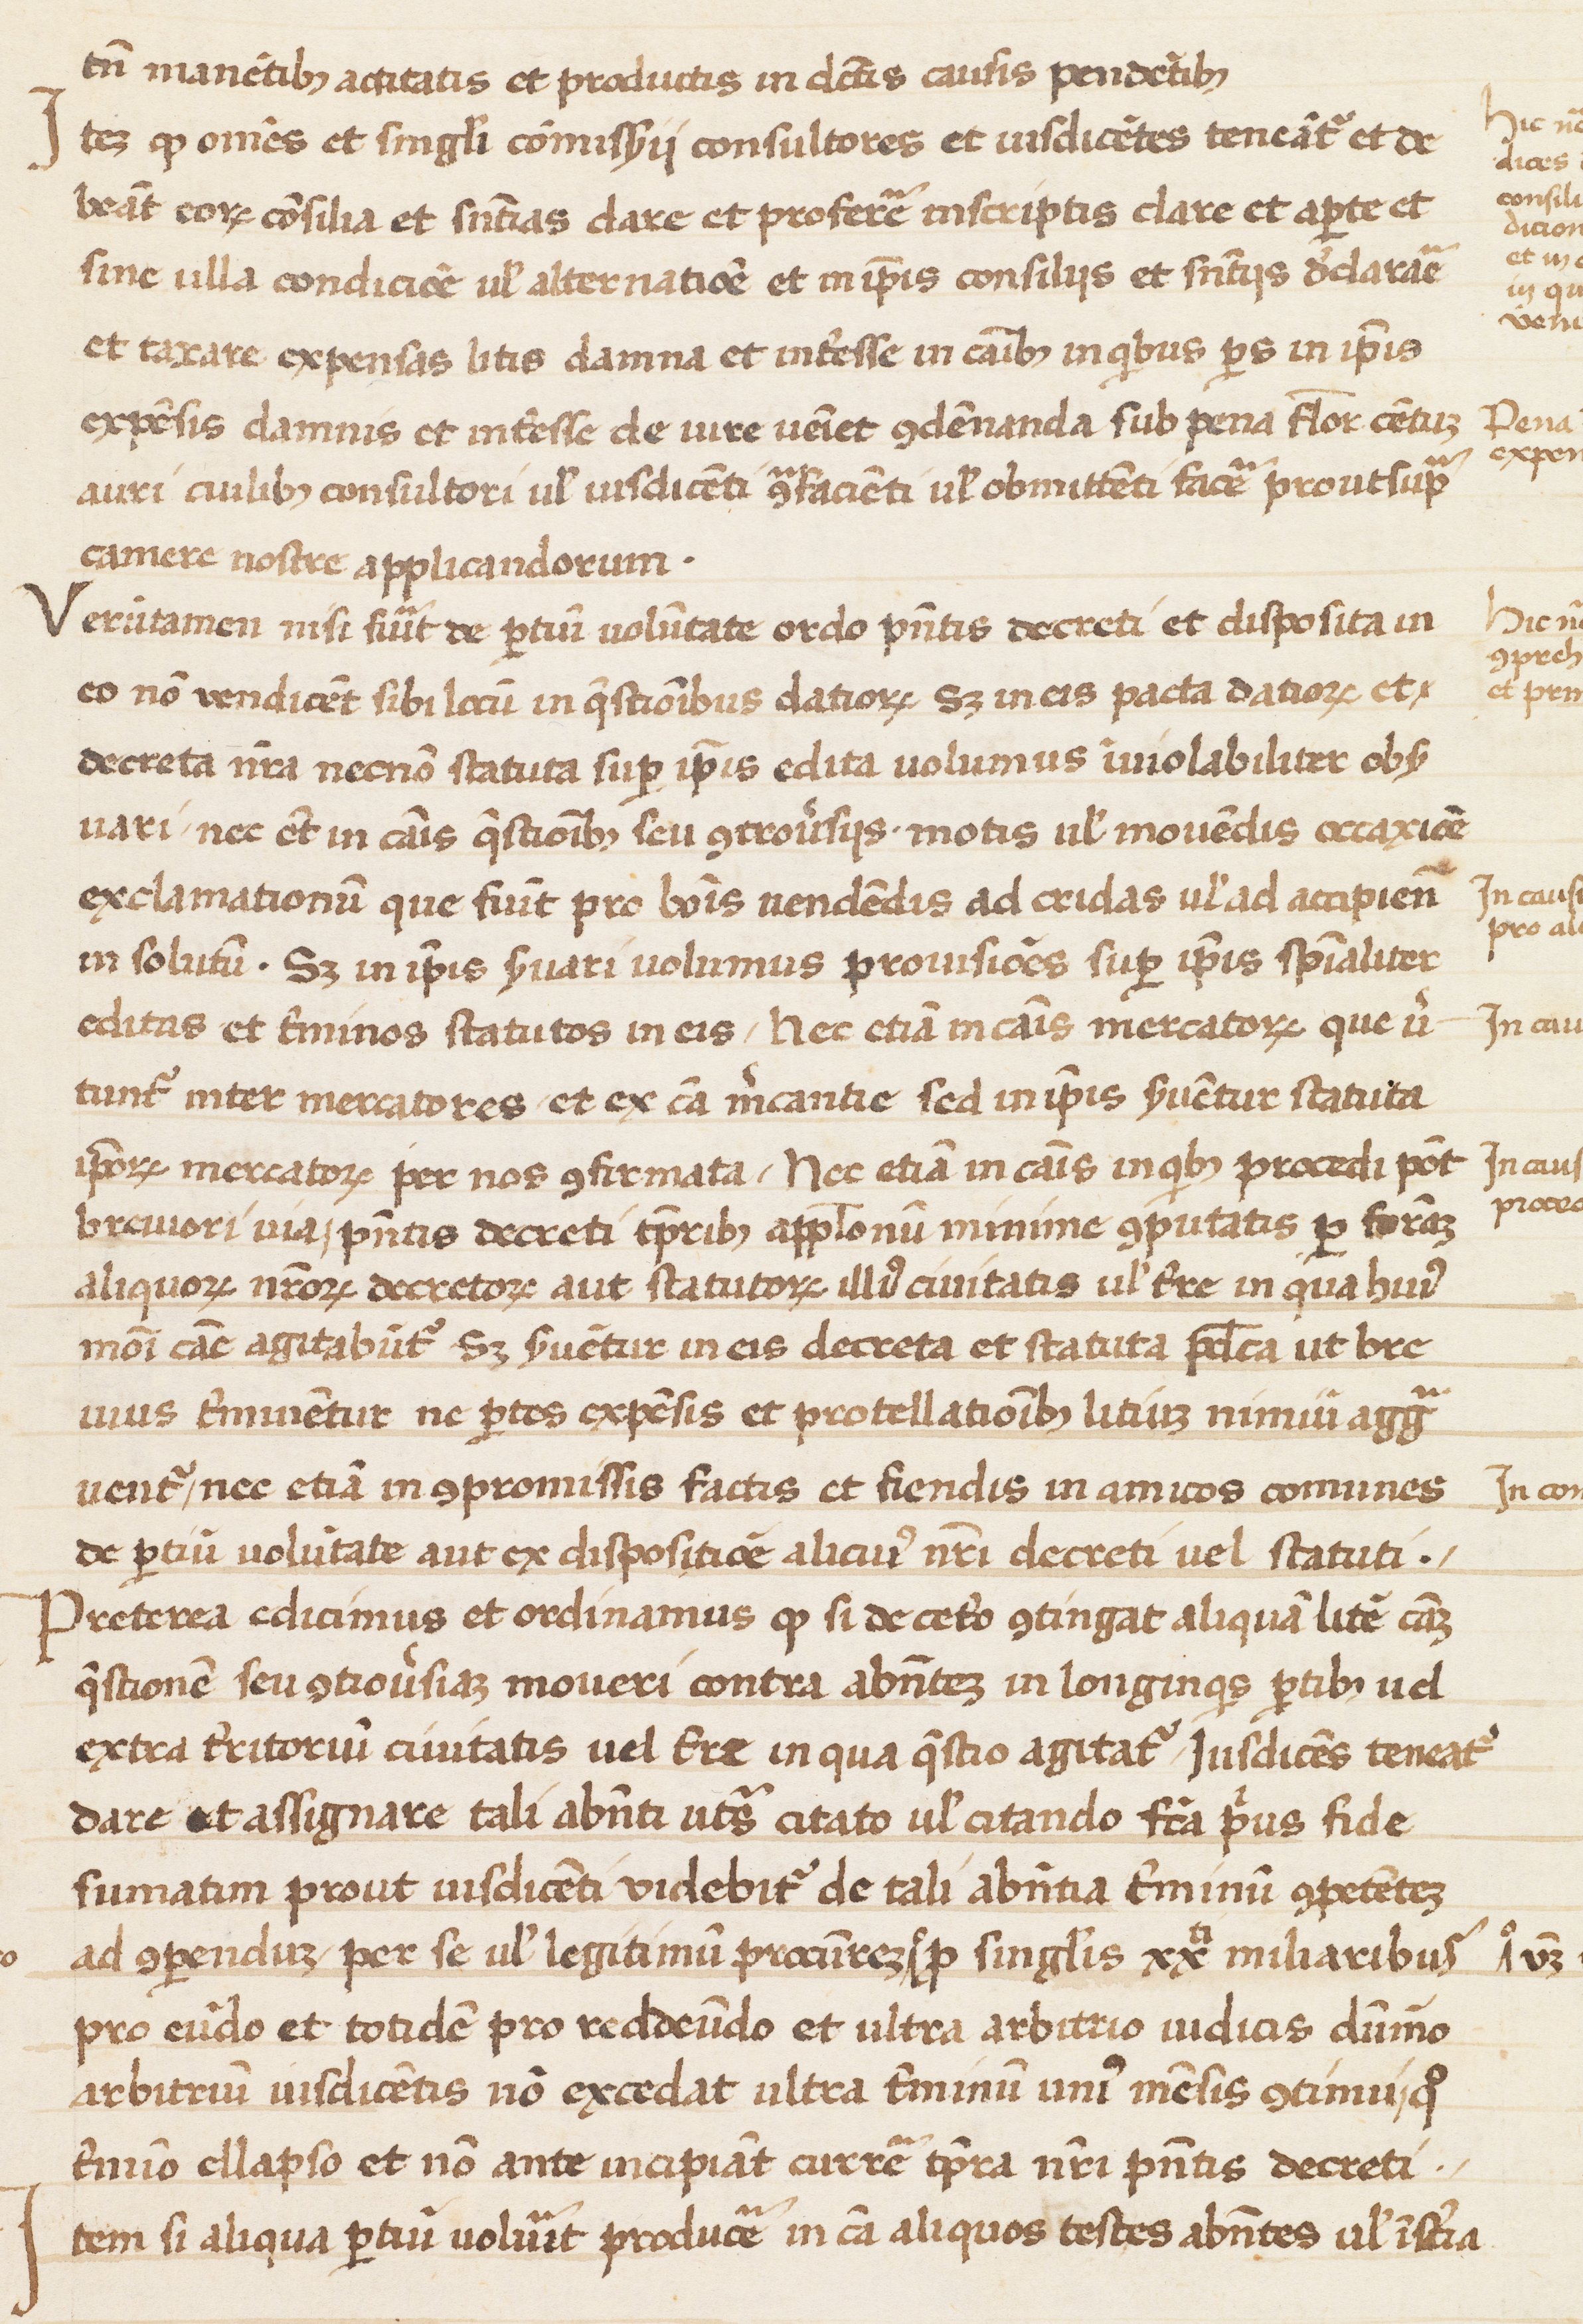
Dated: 1400–1499